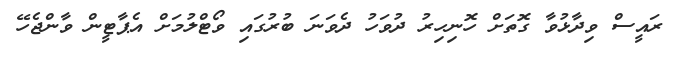
ރައީސް ވިދާޅުވާ ގޮތަށް ހޮނިހިރު ދުވަހު ދެވަނަ ބުރުގައި ވޯޓްލުމަށް އެޕާޓީން ވާންޖެހޭ